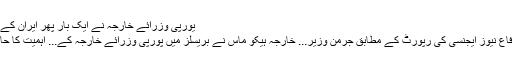
یورپی وزرائے خارجہ نے ایک بار پھر ایران کے ساتھ...
مقدس دفاع نیوز ایجنسی کی رپورٹ کے مطابق جرمن وزیر... خارجہ ہیکو ماس نے بریسلز میں پورپی وزرائے خارجہ کے... اہمیت کا حامل ہے۔